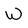
Character: W